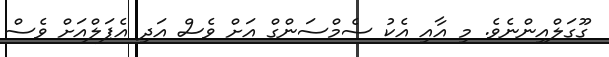
ގޫގަލްއިންނެވެ. މި އާއި އެކު ސެމްސަންގް އަށް ވެސް އަދި އެޕަލްއަށް ވެސް